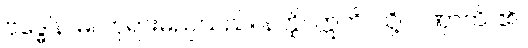
ဗုဒ္ဓေါနာမ၊ ဘုရားမည်သည်။ နတ္ထိ။ ဣတိ၊ သို့။ ဂဏှာတိ၊ ၏။